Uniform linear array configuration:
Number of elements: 32
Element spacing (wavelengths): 0.25
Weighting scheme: hann
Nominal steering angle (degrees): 30
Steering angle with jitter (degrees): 30.962
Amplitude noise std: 0.05
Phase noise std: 0.05

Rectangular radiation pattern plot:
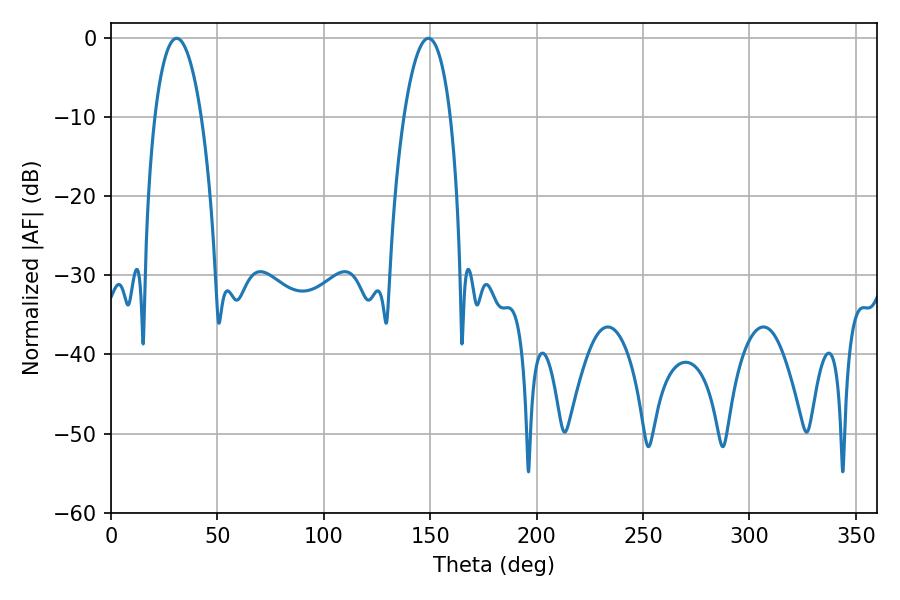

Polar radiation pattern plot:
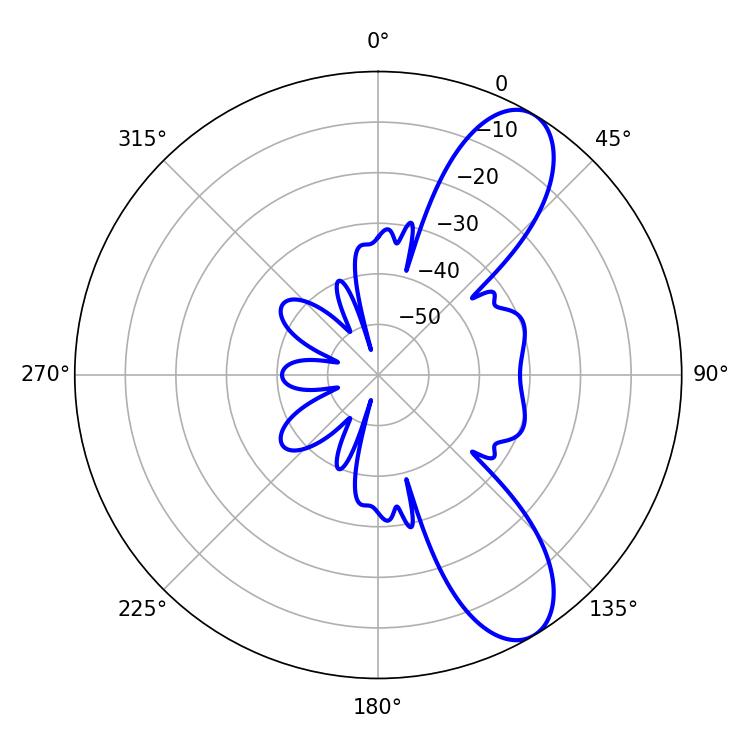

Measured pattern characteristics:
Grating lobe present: FALSE
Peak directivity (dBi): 9.306
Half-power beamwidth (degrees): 12.06
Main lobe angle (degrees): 30.78